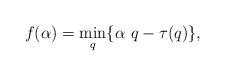
LaTeX: \begin{align*}f(\alpha)=\min_q\{\alpha\ q-\tau(q)\},\end{align*}